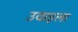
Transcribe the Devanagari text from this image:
उवाइला